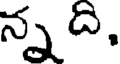
న్నది,